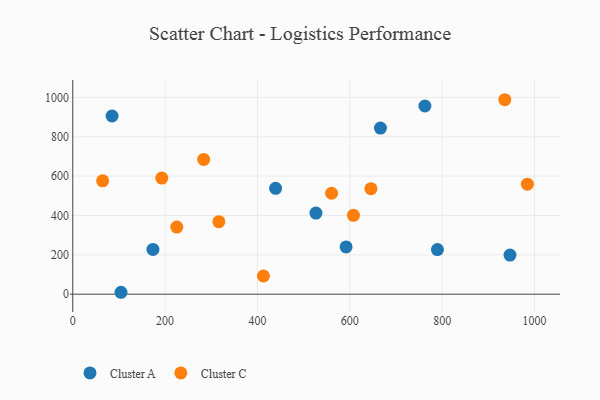
{"axis": {"x": "Distance", "y": "Salary"}, "legend": ["Cluster A", "Cluster C"], "data": [{"x": "85.1", "y": 905.5, "type": "Cluster A"}, {"x": "173.7", "y": 227.5, "type": "Cluster A"}, {"x": "439.3", "y": 537.9, "type": "Cluster A"}, {"x": "666.3", "y": 844.0, "type": "Cluster A"}, {"x": "762.6", "y": 956.3, "type": "Cluster A"}, {"x": "789.7", "y": 226.7, "type": "Cluster A"}, {"x": "591.9", "y": 240.5, "type": "Cluster A"}, {"x": "946.9", "y": 199.0, "type": "Cluster A"}, {"x": "526.6", "y": 412.4, "type": "Cluster A"}, {"x": "104.5", "y": 9.8, "type": "Cluster A"}, {"x": "560.5", "y": 513.1, "type": "Cluster C"}, {"x": "283.5", "y": 684.8, "type": "Cluster C"}, {"x": "984.5", "y": 559.3, "type": "Cluster C"}, {"x": "316.4", "y": 368.5, "type": "Cluster C"}, {"x": "412.9", "y": 92.4, "type": "Cluster C"}, {"x": "935.6", "y": 988.3, "type": "Cluster C"}, {"x": "645.7", "y": 536.4, "type": "Cluster C"}, {"x": "192.8", "y": 590.1, "type": "Cluster C"}, {"x": "64.7", "y": 576.2, "type": "Cluster C"}, {"x": "225.3", "y": 341.1, "type": "Cluster C"}, {"x": "607.9", "y": 400.9, "type": "Cluster C"}]}